Lunatic asylums in Bengal annual reports 1888-1898 - 1888-1898
Year: 1888
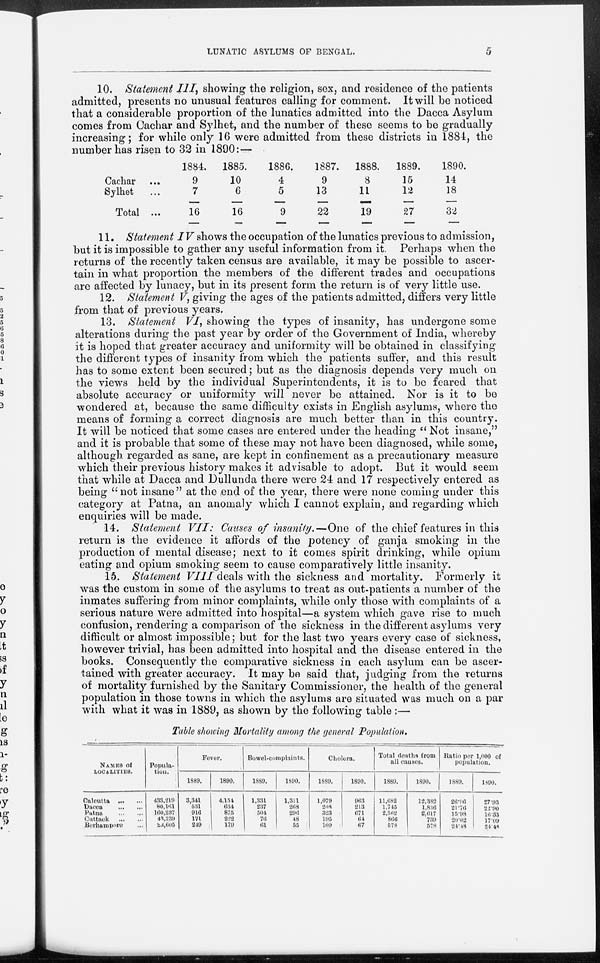
LUNATIC ASYLUMS OF BENGAL.
5
10. Statement III, showing the religion, sex, and residence of the patients
admitted, presents no unusual features calling for comment. It will be noticed
that a considerable proportion of the lunatics admitted into the Dacca Asylum
comes from Cachar and Sylhet, and the number of these seems to be gradually
increasing; for while only 16 were admitted from these districts in 1884, the
number has risen to 32 in 1890: —
Cachar ...
Sylhet
...
Total ...
1884.
9
7
16
1885.
10
6
16
1886.
4
5
9
1887.
9
13
22
1888.
8
11
19
1889.
15
12
27
1890.
14
18
32
11. Statement IV shows the occupation of the lunatics previous to admission,
but it is impossible to gather any useful information from it. Perhaps when the
returns of the recently taken census are available, it may be possible to ascer-
tain in what proportion the members of the different trades and occupations
are affected by lunacy, but in its present form the return is of very little use.
12. Statement V, giving the ages of the patients admitted, differs very little
from that of previous years.
13. Statement VI, showing the types of insanity, has undergone some
alterations during the past year by order of the Government of India, whereby
it is hoped that greater accuracy and uniformity will be obtained in classifying
the different types of insanity from which the patients suffer, and this result
has to some extent been secured; but as the diagnosis depends very much on
the views held by the individual Superintendents, it is to be feared that
absolute accuracy or uniformity will never be attained. Nor is it to be
wondered at, because the same difficulty exists in English asylums, where the
means of forming a correct diagnosis are much better than in this country.
It will be noticed that some cases are entered under the heading " Not insane,"
and it is probable that some of these may not have been diagnosed, while some,
although regarded as sane, are kept in confinement as a precautionary measure
which their previous history makes it advisable to adopt. But it would seem
that while at Dacca and Dullunda there were 24 and 17 respectively entered as
being "not insane" at the end of the year, there were none coming under this
category at Patna, an anomaly which I cannot explain, and regarding which
enquiries will be made.
14. Statement VII: Causes of insanity.—One of the chief features in this
return is the evidence it affords of the potency of ganja smoking in the
production of mental disease; next to it comes spirit drinking, while opium
eating and opium smoking seem to cause comparatively little insanity.
15. Statement VIII deals with the sickness and mortality. Formerly it
was the custom in some of the asylums to treat as out-patients a number of the
inmates suffering from minor complaints, while only those with complaints of a
serious nature were admitted into hospital—a system which gave rise to much
confusion, rendering a comparison of the sickness in the different asylums very
difficult or almost impossible; but for the last two years every case of sickness,
however trivial, has been admitted into hospital and the disease entered in the
books. Consequently the comparative sickness in each asylum can be ascer-
tained with greater accuracy. It may be said that, judging from the returns
of mortality furnished by the Sanitary Commissioner, the health of the general
population in those towns in which the asylums are situated was much on a par
with what it was in 1889, as shown by the following table :—
Table showing Mortality among the general Population.
Names of
LOCALITIES.
Calcutta
...
...
Dacca
...
...
Patna
...
...
Cuttack
...
...
Berhampore ...
Popula-
tion.
433,219
80,161
160,237
43,239
23,605
Fever.
1889.
3,314
531
916
171
249
1890.
4,154
634
875
222
179
Bowel-complaints.
1889.
1,331
237
504
76
61
1890
1,311
268
296
48
55
Cholera.
1889.
1,0719
208
323
195
109
1890.
963
213
671
64
67
Total deaths from
all causes.
1889.
11,682
1,745
2,562
866
578
1890.
12,382
1,836
2,617
739
578
Ratio per 1,000 of
population.
1889.
26.96
21.76
15.98
20.02
24.48
1890
27.93
22.90
16.33
17.09
24.48